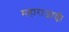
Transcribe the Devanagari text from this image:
महाराजान्ची